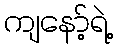
ကျနော့်ရဲ့